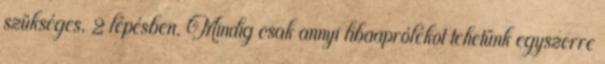
szükséges, 2 lépésben. Mindig csak annyi libaaprólékot tehetünk egyszerre